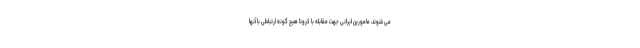
می شوند، مامورین ایرانی جهت مقابله با کرونا هیچ گونه ارتباطی با آنها